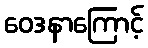
ဝေဒနာကြောင့်